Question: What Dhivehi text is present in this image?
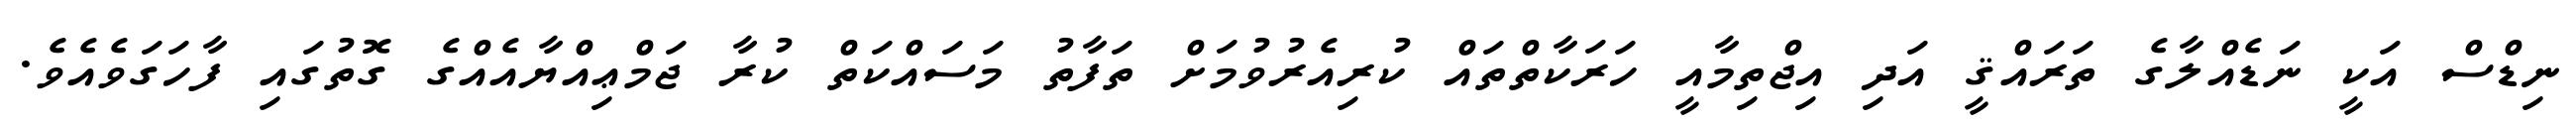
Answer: ނިޑްސް އަކީ ނަޑެއްލާގެ ތަރައްޤީ އަދި އިޖްތިމާއީ ހަރަކާތްތައް ކުރިއެރުވުމަށް ތަފާތު މަސައްކަތް ކުރާ ޖަމްޢިއްޔާއެއްގެ ގޮތުގައި ފާހަގަވެއެވެ.